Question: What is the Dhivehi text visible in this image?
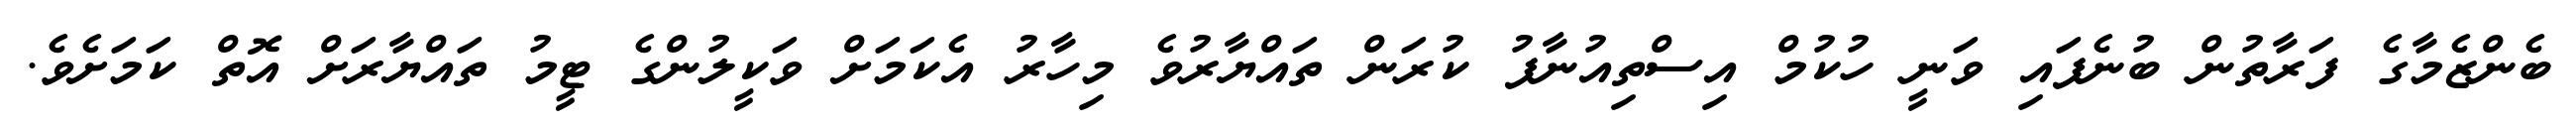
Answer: ބެންޒެމާގެ ފަރާތުން ބުނެފައި ވަނީ ހުކުމް އިސްތިއުނާފު ކުރަން ތައްޔާރުވެ މިހާރު އެކަމަށް ވަކީލުންގެ ޓީމު ތައްޔާރަށް އޮތް ކަމަށެވެ.